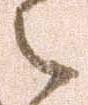
之